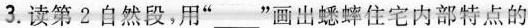
3. 读第2自然段,用“___"画出蟋蟀住宅内部特点的